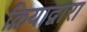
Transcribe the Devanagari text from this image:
क्रियाद्वारा